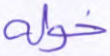
خوله